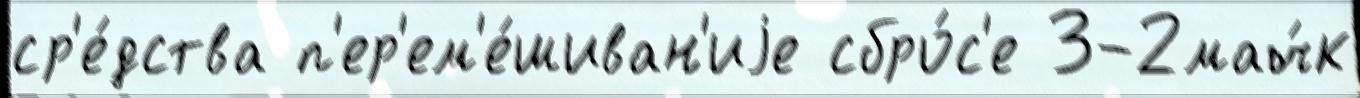
ср'е́дства п'ер'ем'е́шиван'иjе сбро́с'е 3-2мач́к